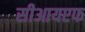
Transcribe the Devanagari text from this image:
सीआयएफ